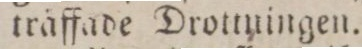
träffade Drottningen.